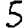
Digit: 5